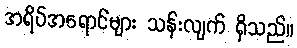
အရိပ်အရောင်များ သန်းလျက် ရှိသည်။